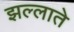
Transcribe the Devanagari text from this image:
झल्लाते